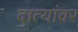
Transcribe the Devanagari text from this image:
दात्यांवर